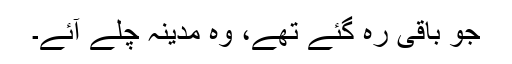
جو باقی رہ گئے تھے، وہ مدینہ چلے آئے۔